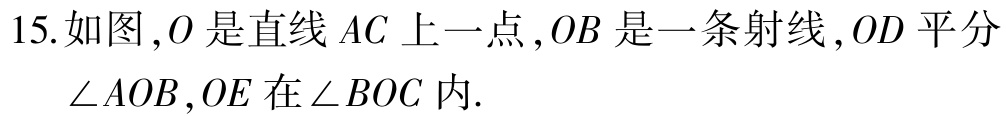
15.如图，\(O\)是直线 \(AC\) 上一点，\(OB\) 是一条射线，\(OD\) 平分\(\angle AOB\)，\(OE\) 在\(\angle BOC\) 内.